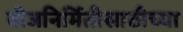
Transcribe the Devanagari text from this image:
वीजनिर्मितीसाठीच्या